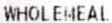
WHOLEHEAL